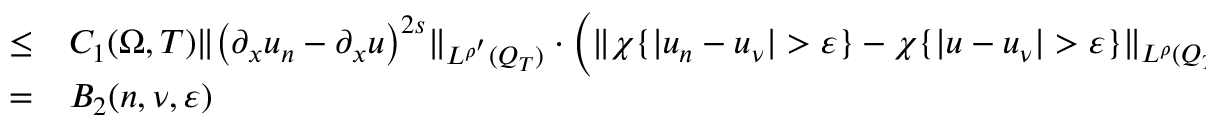
\begin{array} { r l } { \leq } & { { } C _ { 1 } ( \Omega , T ) \lVert \left( \partial _ { x } u _ { n } - \partial _ { x } u \right) ^ { 2 s } \rVert _ { L ^ { \rho ^ { \prime } } ( Q _ { T } ) } \cdot \left( \lVert \chi \{ | u _ { n } - u _ { \nu } | > \varepsilon \} - \chi \{ | u - u _ { \nu } | > \varepsilon \} \rVert _ { L ^ { \rho } ( Q _ { T } ) } + \lVert \chi \{ | u - u _ { \nu } | > \varepsilon \} \rVert _ { L ^ { \rho } ( Q _ { T } ) } \right) } \\ { = } & { { } B _ { 2 } ( n , \nu , \varepsilon ) } \end{array}